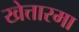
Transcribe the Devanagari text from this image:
खेत्तारमा